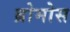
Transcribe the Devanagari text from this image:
ब्रोमोस